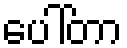
ပေါ်တာ